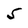
Character: 5